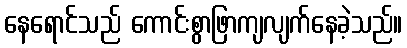
နေရောင်သည် ကောင်းစွာဖြာကျလျက်နေခဲ့သည်။